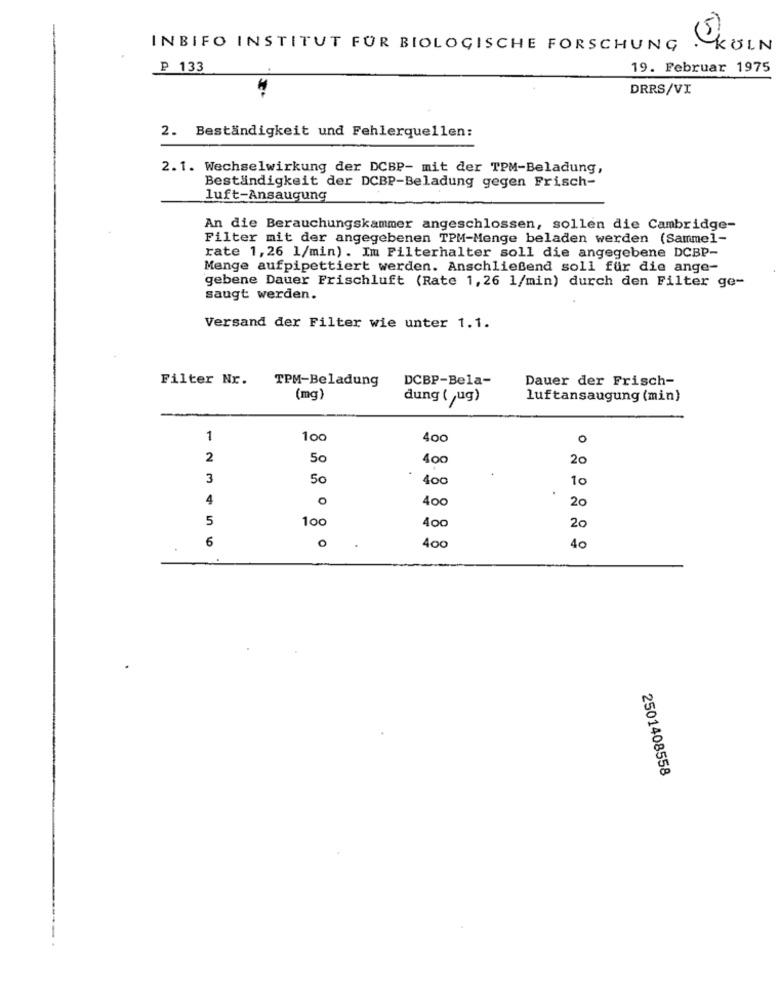
INBIFO INSTITUT FÜR BIOLOGISCHE FORSCHUNG
KÖLN
P 133
19. Februar 1975
DRRS/VI
2. Beständigkeit und Fehlerquellen:
2.1. Wechselwirkung der DCBP- mit der TPM-Beladung,
Beständigkeit der DCBP-Beladung gegen Frisch-
luft-Ansaugung
An die Berauchungskammer angeschlossen, sollen die Cambridge-
Filter mit der angegebenen TPM-Menge beladen werden (Sammel-
rate 1,26 1/min). Im Filterhalter soll die angegebene DCBP-
Menge aufpipettiert werden. Anschließend soll für die ange-
gebene Dauer Frischluft (Rate 1,26 1/min) durch den Filter ge-
saugt werden.
Versand der Filter wie unter 1.1.
Filter Nr.
TPM-Beladung
DCBP-Bela-
Dauer der Frisch-
(mg)
dung ( ug)
luftansaugung (min)
1
1oc
400
0
2
50
400
20
3
50
400
10
4
0
400
20
5
100
400
20
6
O
400
40
2501408558